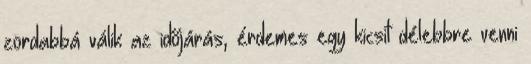
zordabbá válik az időjárás, érdemes egy kicsit délebbre venni